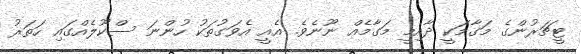
ޓީޗަރުންގެ މަގާމަކީ ދާއިމީ މަގާމެއް ނޫނެވެ. އެއީ އެވަގުތަކު ހުންނަ ސްކޫލެއްގައި ހަތަރު